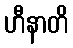
ဟီနာတိ